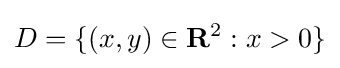
D=\{(x,y)\in \mathbf {R} ^{2}:x>0\}